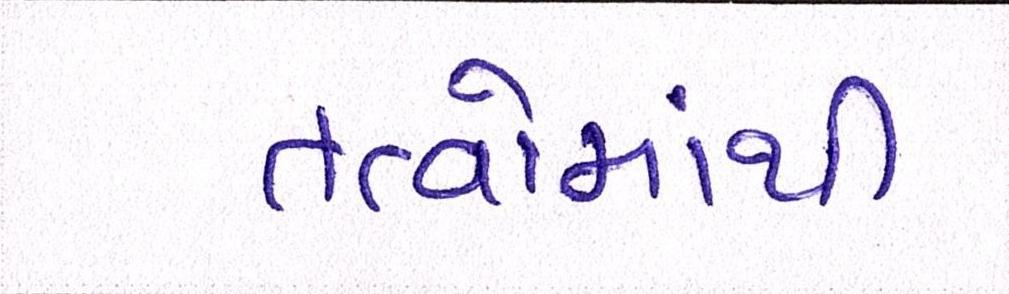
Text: તત્વોમાંથી